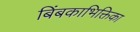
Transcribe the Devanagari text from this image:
बिंबकाभिक्तिका